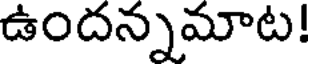
ఉందన్నమాట!